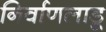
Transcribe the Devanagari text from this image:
निर्वाणलाडू